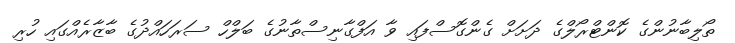
ތޯލިބާނުންގެ ކޮންޓްރޯލްގެ ދަށަށް ގެންގޮސްފައި ވާ އަފްގާނިސްތާނުގެ ބަލްހް ސަރަހައްދުގެ ބާޒާރެއްގައި ހުރި